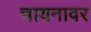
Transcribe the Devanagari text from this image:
चायनावर